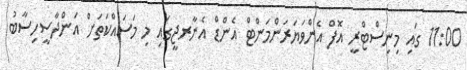
11:00 ގައި މިނިސްޓްރީ އޮފް އެންވަޔަރަންމަންޓް އެންޑް އެނާރޖީގައި މި މަސައްކަތަށް އަންދާސީހިސާބު